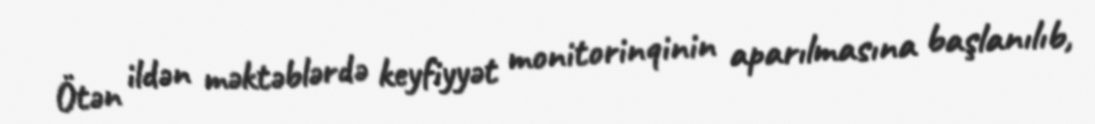
Ötən ildən məktəblərdə keyfiyyət monitorinqinin aparılmasına başlanılıb,